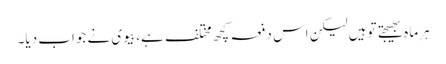
ہرماہ بھیجتے توہیں لیکن اس دفعہ کچھ مختلف ہے، بیوی نے جواب دیا۔